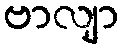
ဗာလျာ